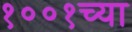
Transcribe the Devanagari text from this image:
१००१च्या